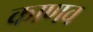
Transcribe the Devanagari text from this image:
काणव